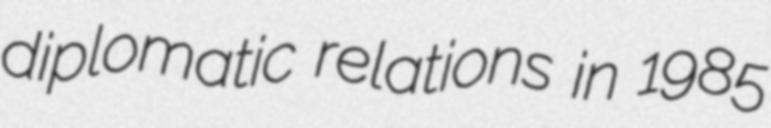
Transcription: diplomatic relations in 1985